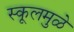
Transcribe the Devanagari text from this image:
स्कूलमुळे